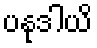
ပနုဒါယိ